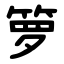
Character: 箩